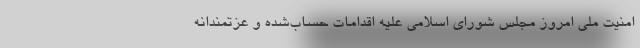
امنیت ملی امروز مجلس شورای اسلامی علیه اقدامات حساب‌شده و عزتمندانه